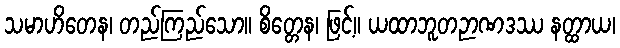
သမာဟိတေန၊ တည်ကြည်သော။ စိတ္တေန၊ ဖြင့်။ ယထာဘူတဉာဏဒဿ နတ္ထာယ၊